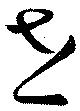
垚